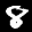
Label: 8